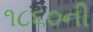
૧૮૬૦ની